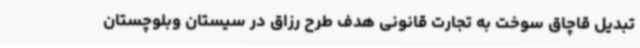
تبدیل قاچاق سوخت به تجارت قانونی هدف طرح رزاق در سیستان وبلوچستان